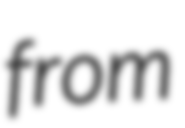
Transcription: from